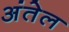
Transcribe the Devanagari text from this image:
अंतेल